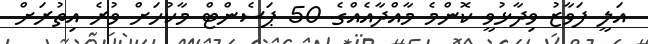
އަލީ ފަވާޒު ވިދާޅުވީ ކޮންމެ މާއްދާއެއްގެ 50 ޕަސެންޓް މާކުހަށް ވުރެ އިތުރަށް